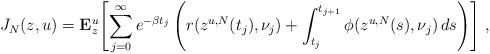
LaTeX: \begin{align*} J_N(z, u) = \mathbf{E}_{z}^u\!\left[\sum_{j=0}^{\infty} e^{-\beta t_j} \left( r(z^{u,N}(t_j), \nu_j) + \int_{t_j}^{t_{j+1}} \phi(z^{u,N}(s), \nu_j)\, ds \right)\right]\,, \end{align*}